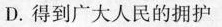
D.得到广大人民的拥护